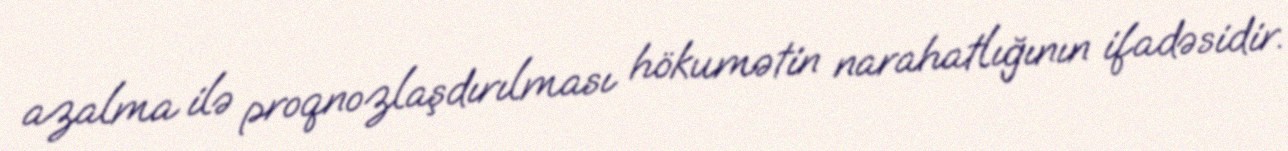
azalma ilə proqnozlaşdırılması hökumətin narahatlığının ifadəsidir.